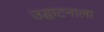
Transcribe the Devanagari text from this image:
उद्घाटनाला